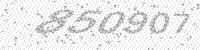
Solution: 850907